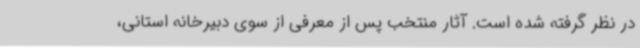
در نظر گرفته شده است. آثار منتخب پس از معرفی از سوی دبیرخانه استانی،